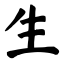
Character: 生